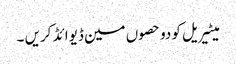
میٹیریل کو دو حصوں مین ڈیوائڈ کریں ۔